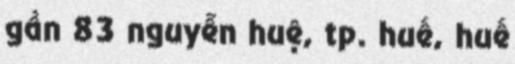
gần 83 nguyễn huệ, tp. huế, huế